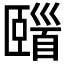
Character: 𩠢